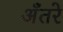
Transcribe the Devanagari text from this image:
अँतरे